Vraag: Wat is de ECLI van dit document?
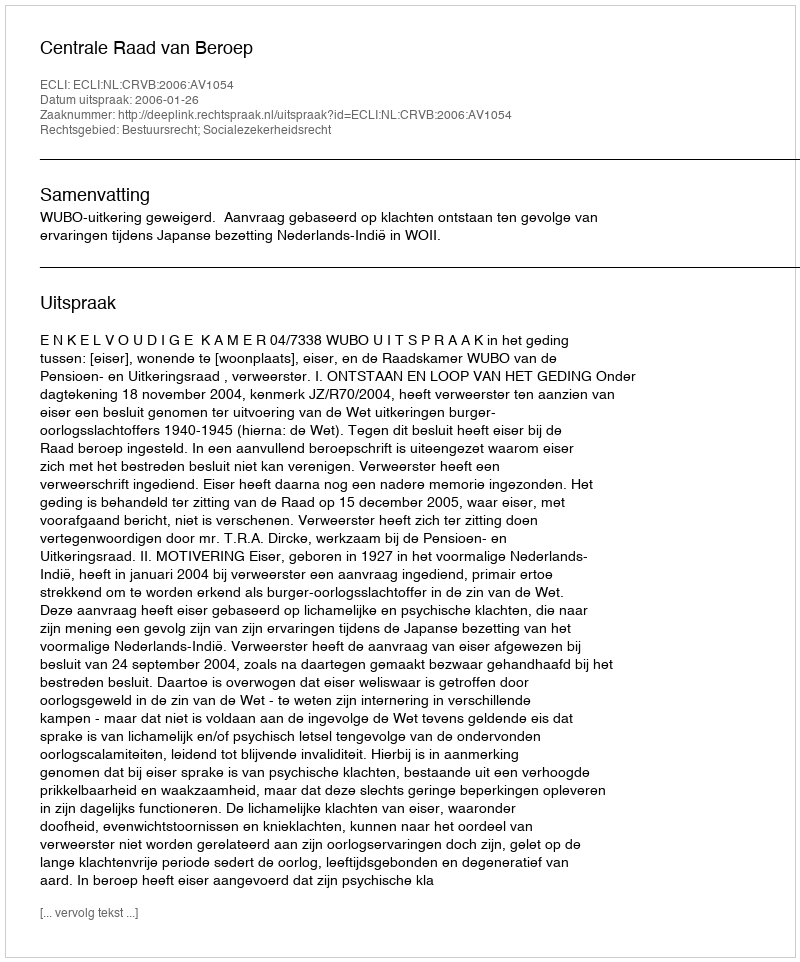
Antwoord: ECLI:NL:CRVB:2006:AV1054